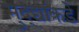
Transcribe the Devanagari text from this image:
मुद्‍द्यांकडे